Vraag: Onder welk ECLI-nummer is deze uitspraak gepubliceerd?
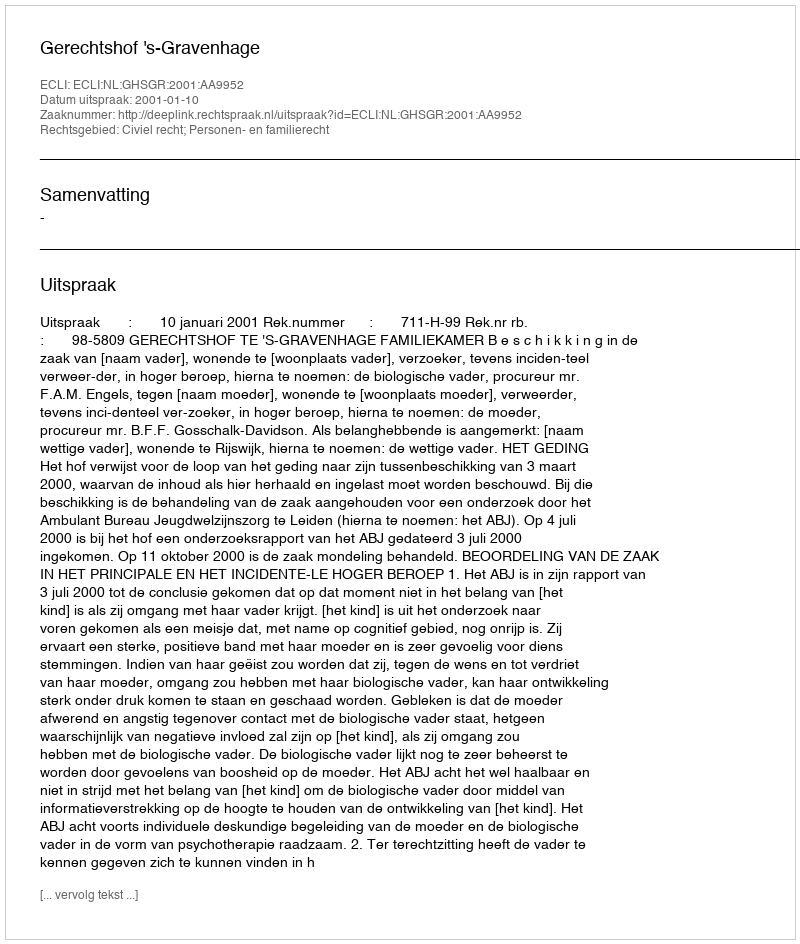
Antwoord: ECLI:NL:GHSGR:2001:AA9952